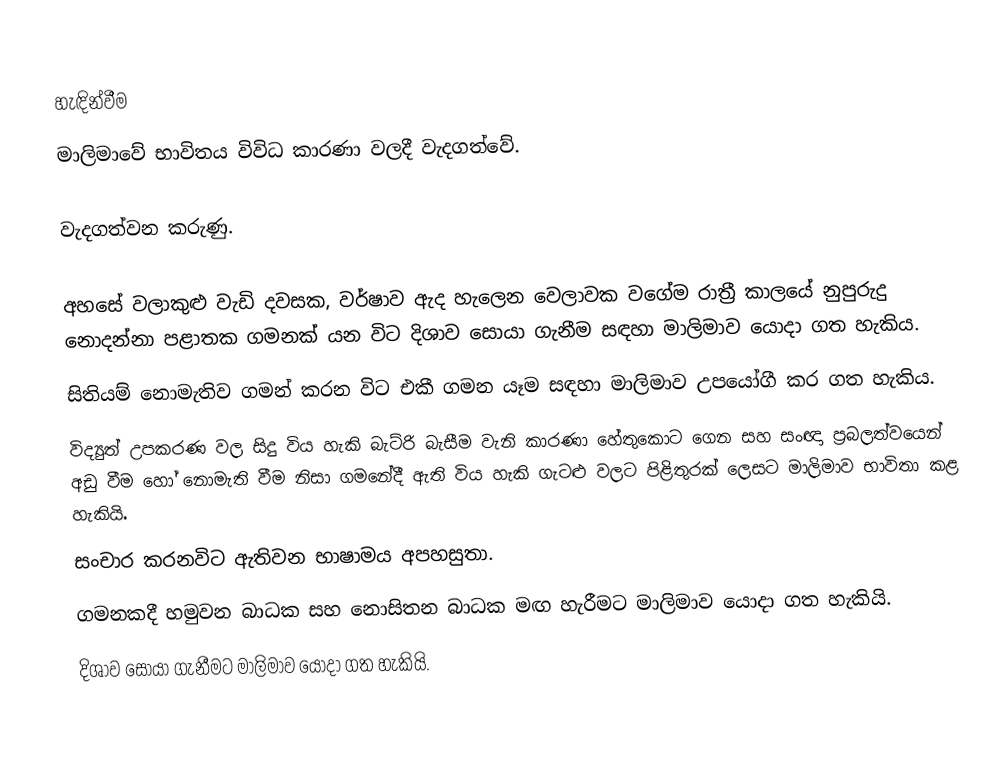

හැඳින්වීම
මාලිමාවේ භාවිතය විවිධ කාරණා වලදී වැදගත්වේ.

වැදගත්වන කරුණු.

 අහසේ වලාකුළු වැඩි දවසක, වර්ෂාව ඇද හැලෙන වෙලාවක වගේම රාත්‍රී කාලයේ නුපුරුදු නොදන්නා පළාතක ගමනක් යන විට දිශාව සොයා ගැනීම සඳහා මාලිමාව යොදා ගත හැකිය.
 සිතියම් නොමැතිව ගමන් කරන විට එකී ගමන යෑම සඳහා මාලිමාව උපයෝගී කර ගත හැකිය.
 විද්‍යුත් උපකරණ වල සිදු විය හැකි බැට්රි බැසීම වැනි කාරණා හේතුකොට ගෙන සහ සංඥා ප්‍රබලත්වයෙන් අඩු වීම හෝ නොමැති වීම නිසා ගමනේදී ඇති විය හැකි ගැටළු වලට පිළිතුරක් ලෙසට මාලිමාව භාවිතා කළ හැකියි.
 සංචාර කරනවිට ඇතිවන භාෂාමය අපහසුතා.
 ගමනකදී හමුවන බාධක සහ නොසිතන බාධක මඟ හැරීමට මාලිමාව යොදා ගත හැකියි.
 දිශාව සොයා ගැනීමට මාලිමාව යොදා ගත හැකියි.